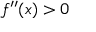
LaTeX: f ^ { \prime \prime } ( x ) > 0